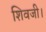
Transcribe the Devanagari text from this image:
शिवजी।